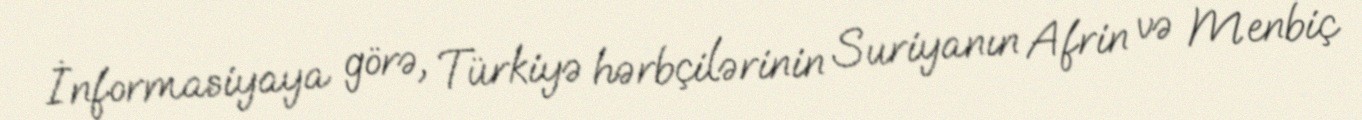
İnformasiyaya görə, Türkiyə hərbçilərinin Suriyanın Afrin və Menbiç